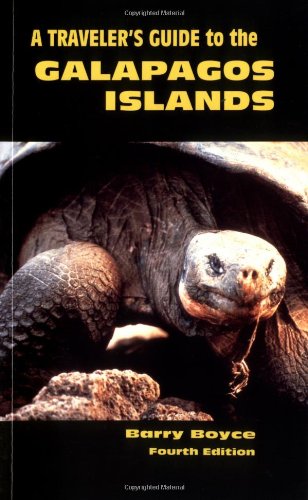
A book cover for A Traveler's Guide to the Galapagos Islands (Non-Series Guidebooks) 4th Edition (Galapagos Traveler's Guide); Barry Boyce; Travel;